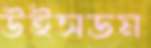
উইসডম